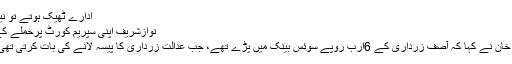
ادارے ٹھیک ہوتے تو نیب نوازشریف کو پکڑ چکی ہوتی
نوازشریف اپنی سپریم کورٹ پرحملے کے لئے عوام کا سہارا لے رہا ہے
زرداری کے حوالے سے عمران خان نے کہا کہ آصف زرداری کے 6ارب روپے سوئس بینک میں پڑے تھے، جب عدالت زرداری کا پیسہ لانے کی بات کرتی تھی تو نواز شریف خوش ہوتےتھے۔